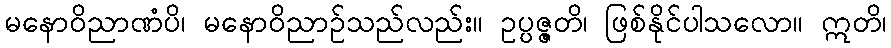
မနောဝိညာဏံပိ၊ မနောဝိညာဉ်သည်လည်း။ ဥပ္ပဇ္ဇတိ၊ ဖြစ်နိုင်ပါသလော။ ဣတိ၊